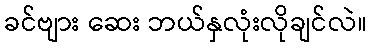
ခင်ဗျား ဆေး ဘယ်နှလုံးလိုချင်လဲ။